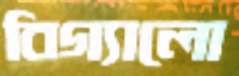
বিগ্যালো